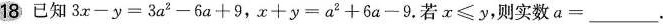
18已知$$3x-y=3a^{2}-6a+9$$，$$x+y=a^{2}+6a-9$$.若$$x\leq y$$，则实数$$a=____$$.